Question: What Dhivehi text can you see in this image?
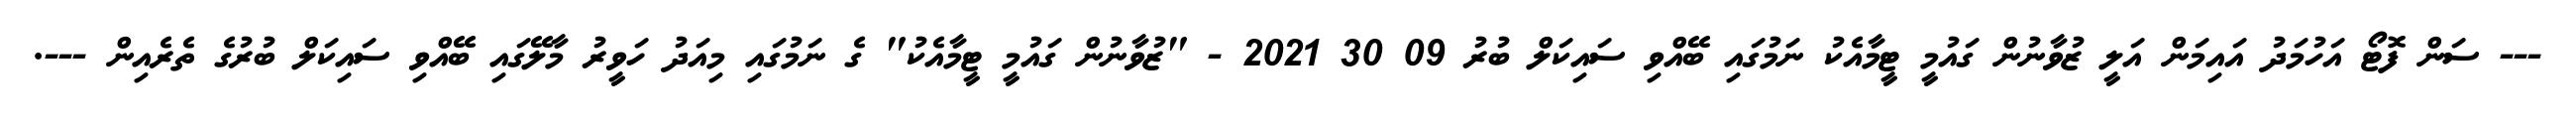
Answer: --- ސަން ފޮޓޯ އަހުމަދު އައިމަން އަލީ ޒުވާނުން ގައުމީ ޓީމާއެކު ނަމުގައި ބޭއްވި ސައިކަލް ބުރު 09 30 2021 - "ޒުވާނުން ގައުމީ ޓީމާއެކު" ގެ ނަމުގައި މިއަދު ހަވީރު މާލޭގައި ބޭއްވި ސައިކަލް ބުރުގެ ތެރެއިން ---.